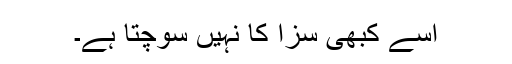
اسے کبھی سزا کا نہیں سوچتا ہے۔